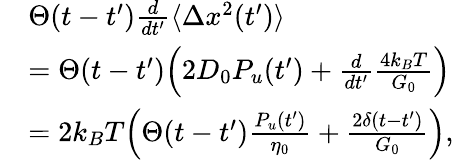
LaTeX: \begin{array}{rl}&{\Theta(t-t^{\prime})\frac{d}{dt^{\prime}}\langle\Delta x^{2}(t^{\prime})\rangle}\\ &{=\Theta(t-t^{\prime})\Big(2D_{0}P_{u}(t^{\prime})+\frac{d}{dt^{\prime}}\frac{4k_{B}T}{G_{0}}\Big)}\\ &{=2k_{B}T\Big(\Theta(t-t^{\prime})\frac{P_{u}(t^{\prime})}{\eta_{0}}+\frac{2\delta(t-t^{\prime})}{G_{0}}\Big),}\end{array}